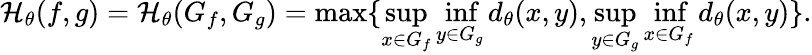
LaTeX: \mathcal{H}_{\theta}(f,g)=\mathcal{H}_{\theta}(G_{f},G_{g})=\operatorname*{max}\{ \operatorname*{sup}_{x\in G_{f}}\operatorname*{inf}_{y\in G_{g}}d_{\theta}(x,y),\operatorname*{sup}_{y\in G_{g}}\operatorname*{inf}_{x\in G_{f}}d_{\theta}(x,y)\} .